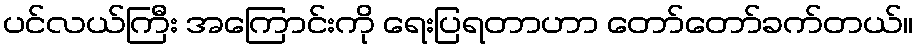
ပင်လယ်ကြီး အကြောင်းကို ရေးပြရတာဟာ တော်တော်ခက်တယ်။